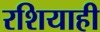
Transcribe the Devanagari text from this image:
रशियाही